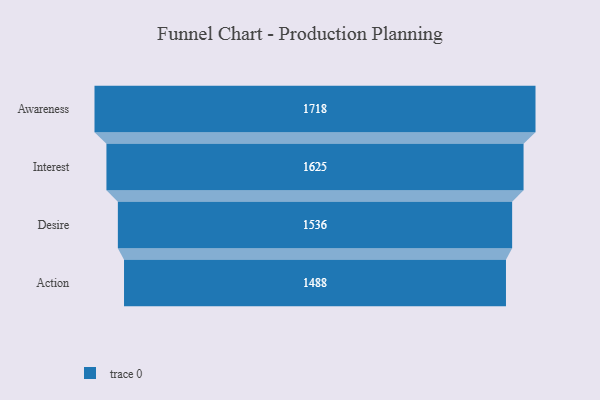
{"axis": {"x": "Stage", "y": "Value"}, "legend": [""], "data": [{"x": "Awareness", "y": 1718.0, "type": ""}, {"x": "Interest", "y": 1625.0, "type": ""}, {"x": "Desire", "y": 1536.0, "type": ""}, {"x": "Action", "y": 1488.0, "type": ""}]}